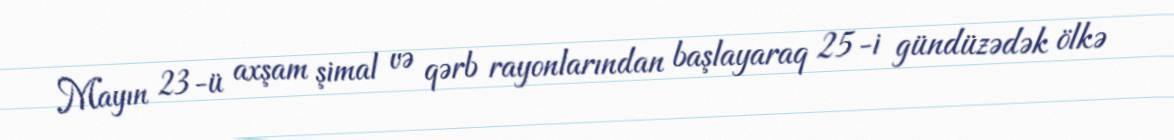
Mayın 23-ü axşam şimal və qərb rayonlarından başlayaraq 25-i gündüzədək ölkə